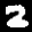
Label: 2